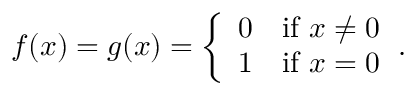
f ( x ) = g ( x ) = { \left\{ \begin{array} { l l } { 0 } & { { \mathrm { i f ~ } } x \neq 0 } \\ { 1 } & { { \mathrm { i f ~ } } x = 0 } \end{array} \right. } .